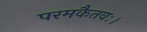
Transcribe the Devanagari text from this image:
परमकैतवः।